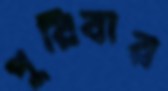
পুরিবার